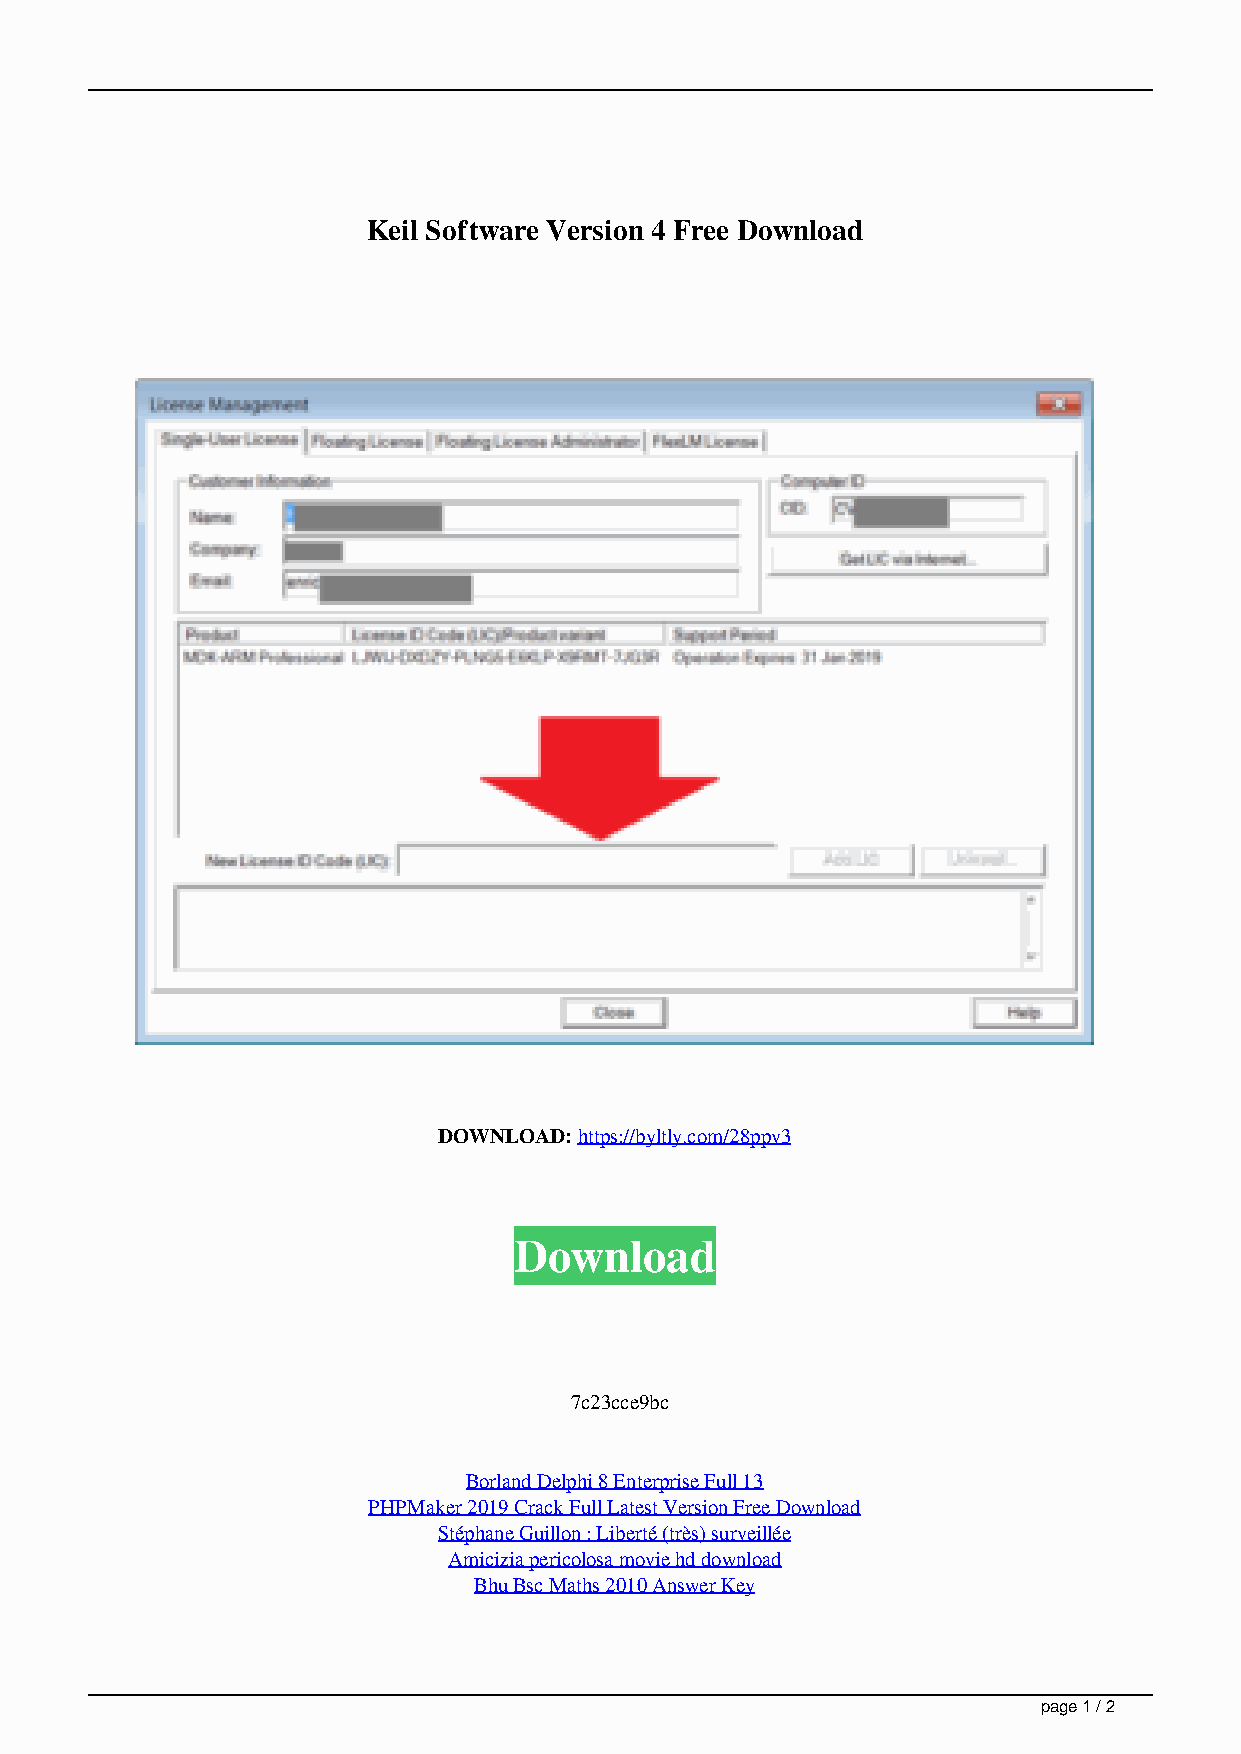
Keil Software Version 4 Free Download
 DOWNLOAD: https://byltly.com/28ppv3
 Download
 7c23cce9bc
 Borland Delphi 8 Enterprise Full 13
 PHPMaker 2019 Crack Full Latest Version Free Download
 Stéphane Guillon : Liberté (très) surveillée
 Amicizia pericolosa movie hd download
 Bhu Bsc Maths 2010 Answer Key
 page 1 / 2